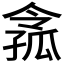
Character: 𡦈